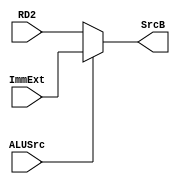
module mux #
(
     parameter WIDTH = 8
)(
     input [WIDTH-1:0]  RD2,
     input [WIDTH-1:0]  ImmExt,
     input              ALUSrc,
     output [WIDTH-1:0] SrcB
);
     assign SrcB = ALUSrc ?  ImmExt:RD2;
endmodule